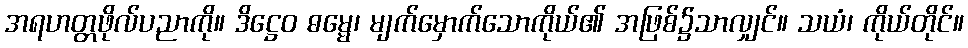
အရဟတ္တဖိုလ်ပညာကို။ ဒိဋ္ဌေဝ ဓမ္မေ၊ မျက်မှောက်သောကိုယ်၏ အဖြစ်၌သာလျှင်။ သယံ၊ ကိုယ်တိုင်။